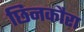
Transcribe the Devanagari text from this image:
छिनकौरा